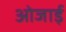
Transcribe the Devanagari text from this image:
ओजाई